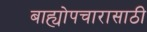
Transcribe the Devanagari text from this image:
बाह्योपचारासाठी